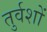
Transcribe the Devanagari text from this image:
तुर्वशों